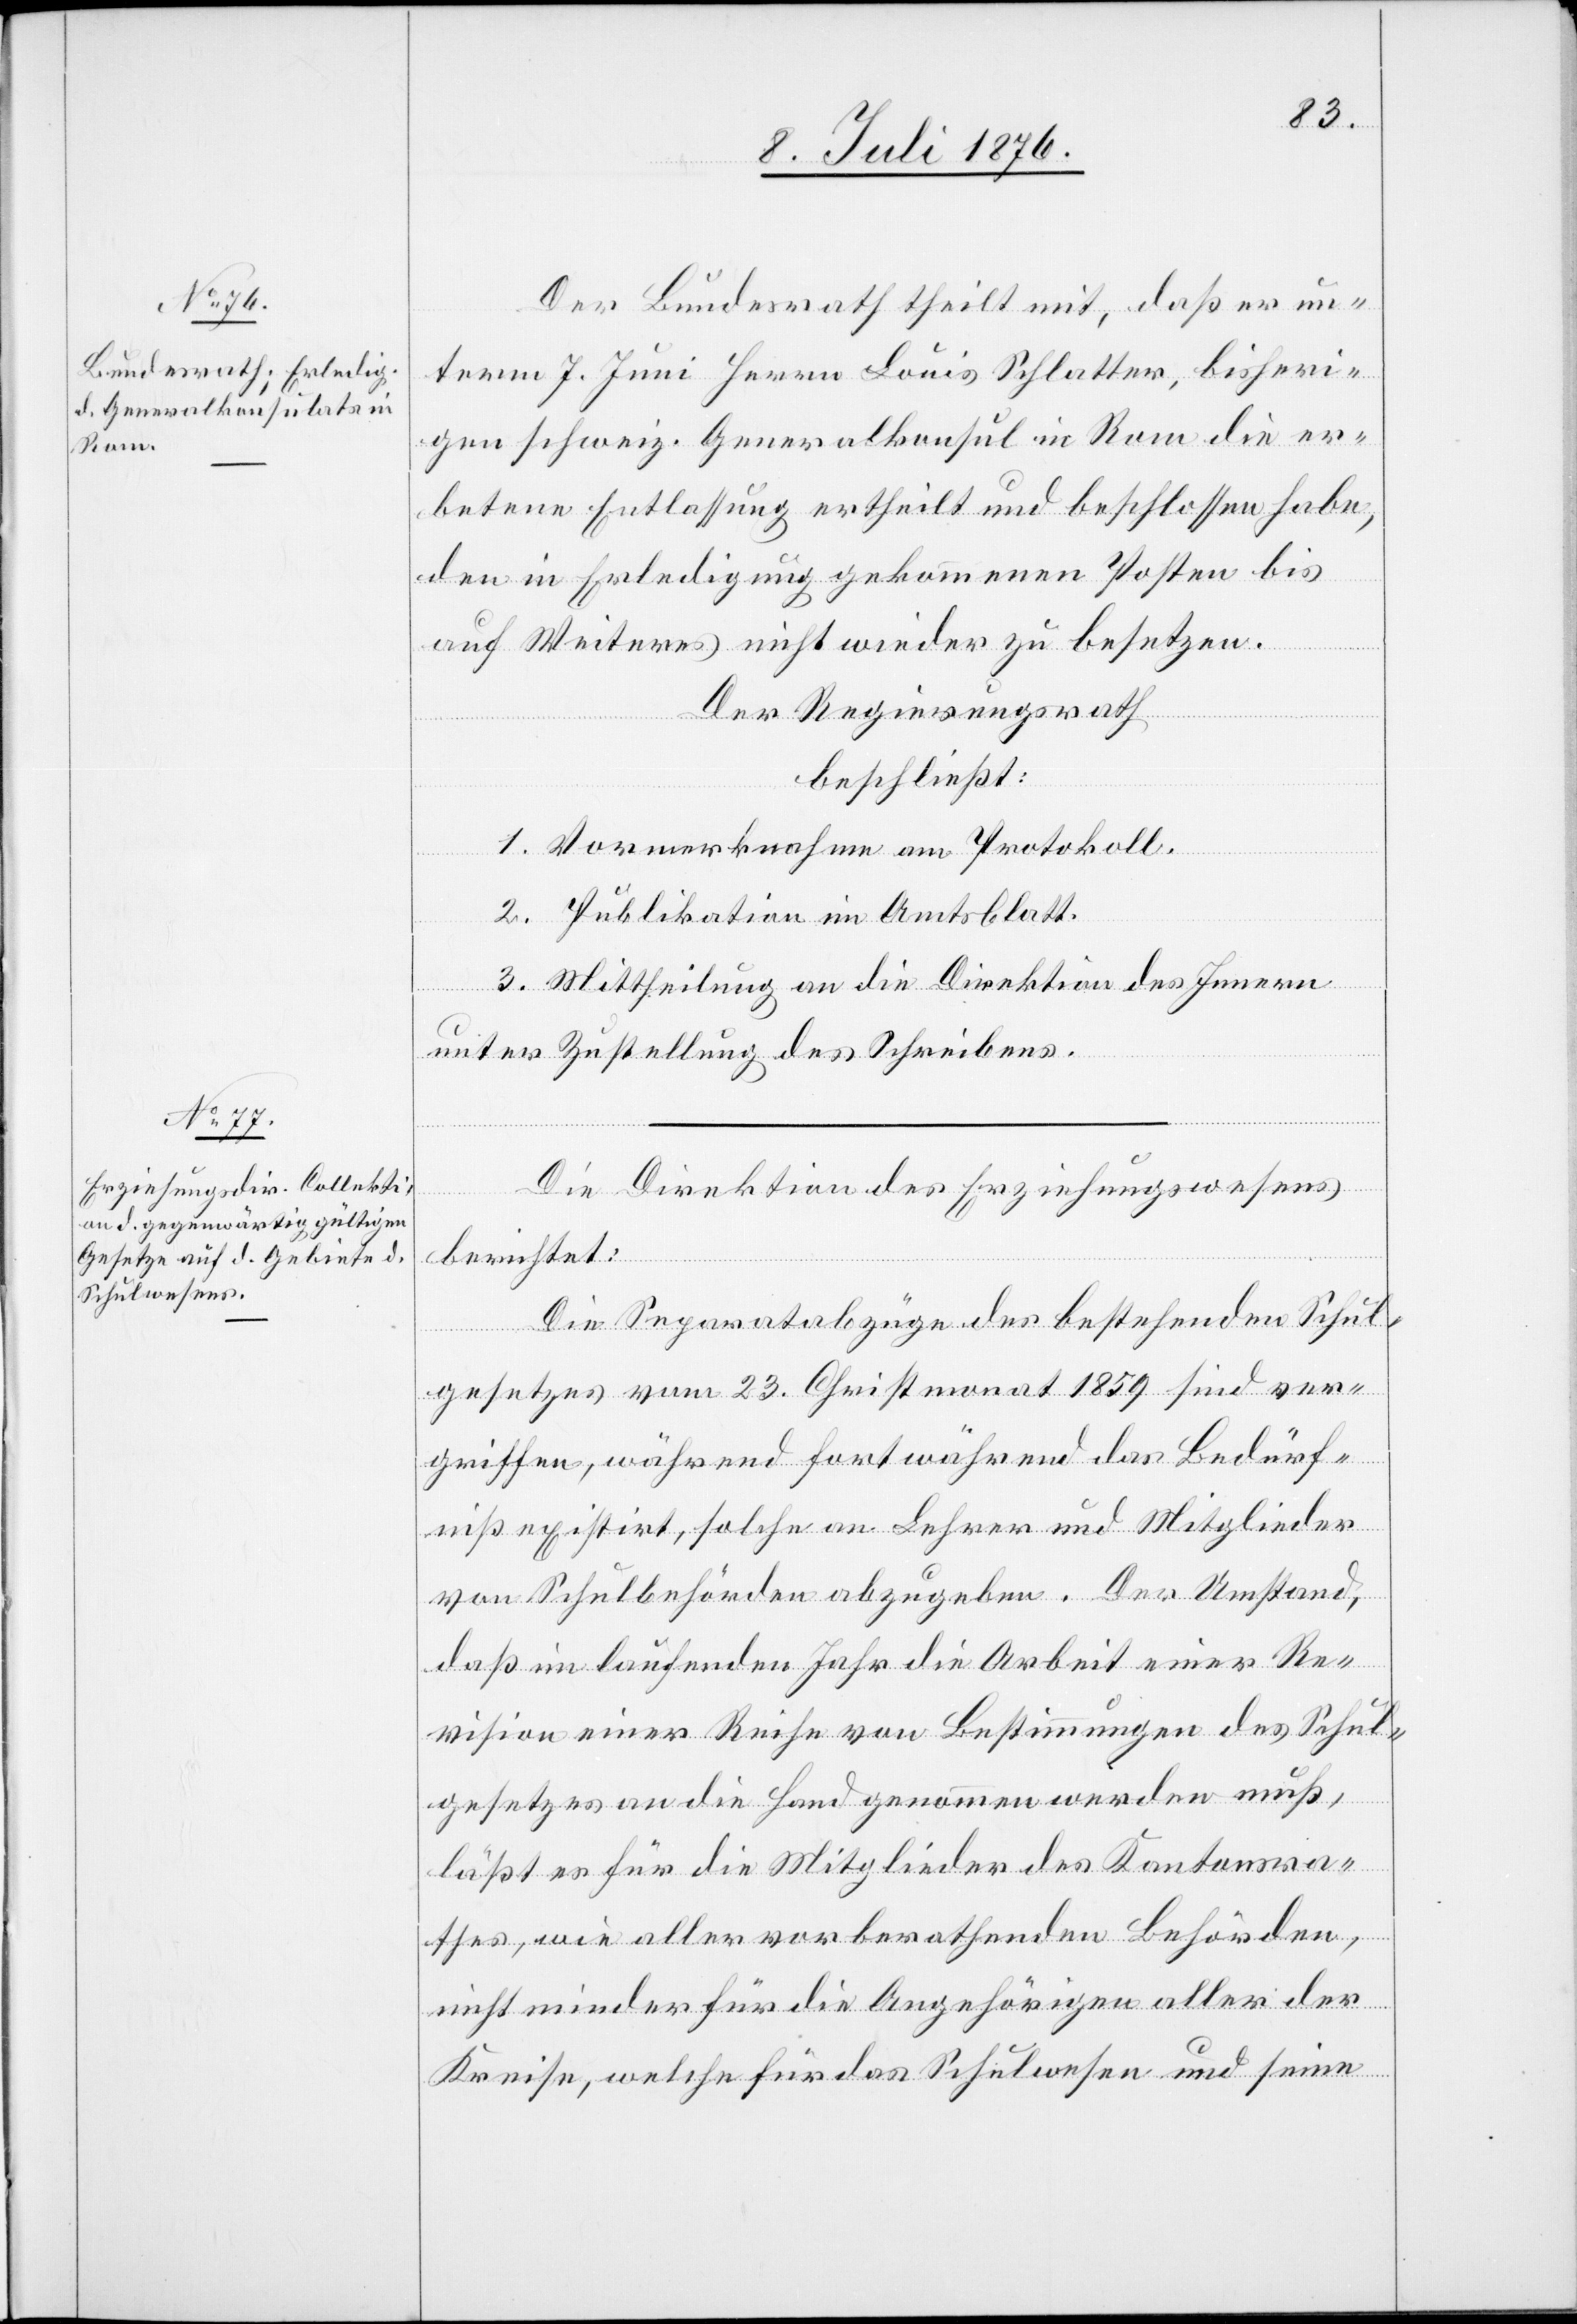
Der Bundesrath theilt mit, daß er un¬
term 7. Juni Herrn Louis Schlatter, bisheri¬
gen schweiz. Generalkonsul in Rom die er¬
betene Entlassung ertheilt und beschlossen habe,
den in Erledigung gekommenen Posten bis
auf Weiteres nicht wieder zu besetzen.
Der Regierungsrath
beschließt:
1. Vormerknahme am Protokoll.
2. Publikation im Amtsblatt.
3. Mittheilung an die Direktion des Innern
unter Zustellung des Schreibens.
Die Direktion des Erziehungswesens
berichtet:
Die Separatabzüge des bestehenden Schul¬
gesetzes vom 23. Christmonat 1859 sind ver¬
griffen, während fortwährend das Bedürf¬
niß existirt, solche an Lehrer und Mitglieder
von Schulbehörden abzugeben. Der Umstand,
daß im laufenden Jahr die Arbeit einer Re¬
vision einer Reihe von Bestimmungen des Schul¬
gesetzes an die Hand genommen werden muß,
läßt es für die Mitglieder des Kantonsra¬
thes, wie aller vorberathenden Behörden,
nicht minder für die Angehörigen aller der
Kreise, welche für das Schulwesen und seine